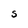
Character: S